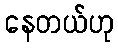
နေတယ်ဟု